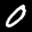
Label: 0